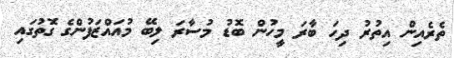
ތެރެއިން އިތުރު ދިހަ ބާރަ މީހުން ބޮޑު މުސާރަ ލިބޭ މުއައްޒަފުންގެ ގޮތުގައި